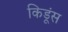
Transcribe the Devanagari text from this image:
किडूंस